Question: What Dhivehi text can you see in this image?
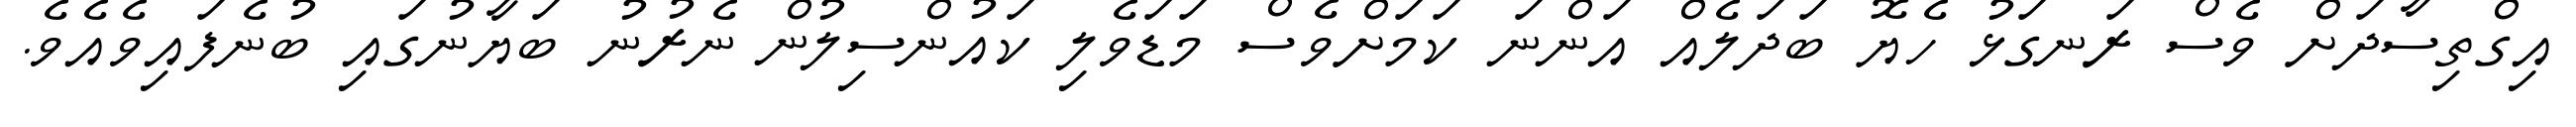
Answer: އިގްތިސާދަށް ވެސް ރަނގަޅު ހެޔޮ ބަދަލެއް އަންނަ ކަމަށްވެސް މަޑަވެލި ކައުންސިލުން ނެރުނު ބަޔާނުގައި ބުނެފައިވެއެވެ.